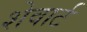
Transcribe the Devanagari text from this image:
शेवार्ट